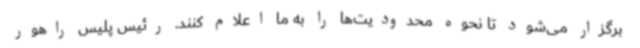
برگزار می‌شود تا نحوه محدودیت‌ها را به ما اعلام کنند. رئیس پلیس راهور